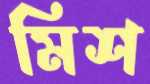
মিশ